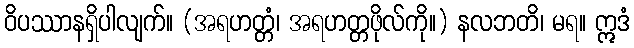
ဝိပဿာနရှိပါလျက်။ (အရဟတ္တံ၊ အရဟတ္တဖိုလ်ကို။) နလဘတိ၊ မရ။ ဣဒံ